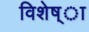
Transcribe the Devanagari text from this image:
विशेष्ा